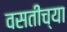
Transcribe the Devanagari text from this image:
वसतीच्या